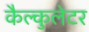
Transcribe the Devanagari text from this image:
कैल्कुलेटर